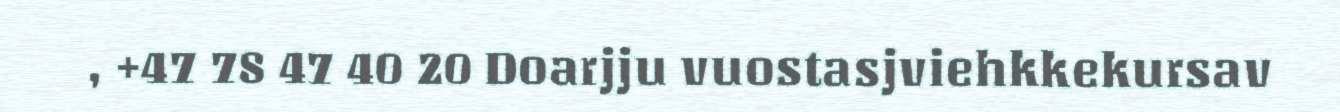
, +47 78 47 40 20 Doarjju vuostasjviehkkekursav